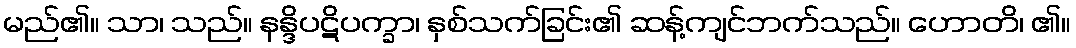
မည်၏။ သာ၊ သည်။ နန္ဒိပဋိပက္ခာ၊ နှစ်သက်ခြင်း၏ ဆန့်ကျင်ဘက်သည်။ ဟောတိ၊ ၏။